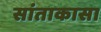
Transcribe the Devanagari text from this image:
सांताकासा